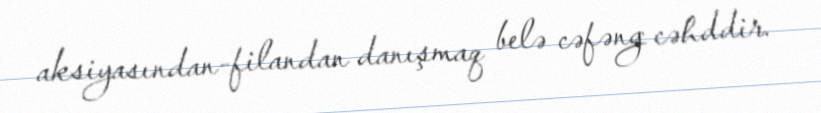
aksiyasından-filandan danışmaq belə cəfəng cəhddir.